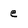
Character: e